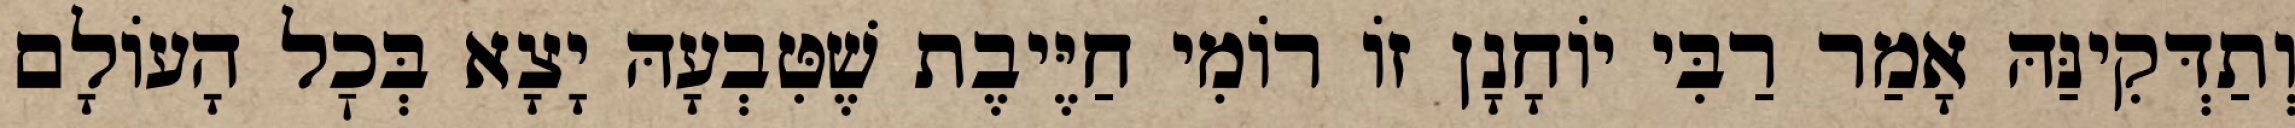
וְתַדְּקִינַּהּ אָמַר רַבִּי יוֹחָנָן זוֹ רוֹמִי חַיֶּיבֶת שֶׁטִּבְעָהּ יָצָא בְּכׇל הָעוֹלָם